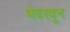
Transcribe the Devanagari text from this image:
भेदरवून